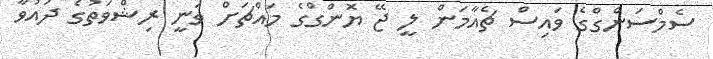
ސެމްސަންގްގެ ވައިސް ޗެއާމަން ލީ ޖޭ ޔޮންގްގެ މައްޗަށް ވަނީ ރިޝްވަތުގެ ދައުވާ